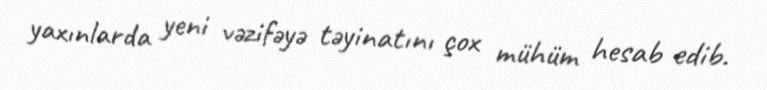
yaxınlarda yeni vəzifəyə təyinatını çox mühüm hesab edib.